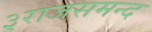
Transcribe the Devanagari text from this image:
३राजसमन्द